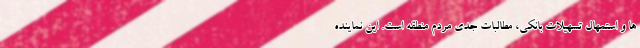
ها و استمهال تسهیلات بانکی، مطالبات جدی مردم منطقه است. این نماینده